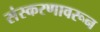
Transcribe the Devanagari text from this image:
संस्करणावरून